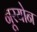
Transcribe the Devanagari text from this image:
नूरयोन